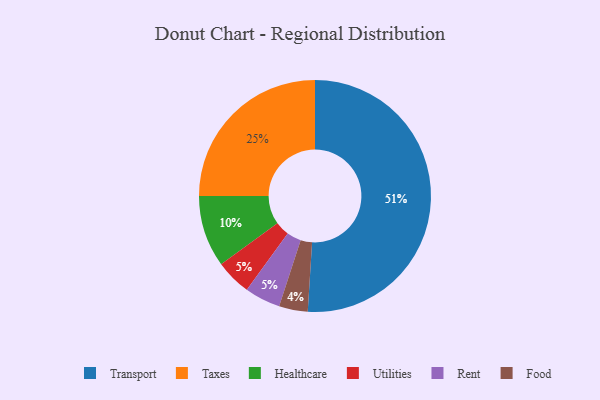
{"axis": {"x": "Category", "y": "Percentage"}, "legend": ["Food", "Healthcare", "Rent", "Taxes", "Transport", "Utilities"], "data": [{"x": "Food", "y": 4, "type": "Food"}, {"x": "Healthcare", "y": 10, "type": "Healthcare"}, {"x": "Transport", "y": 51, "type": "Transport"}, {"x": "Taxes", "y": 25, "type": "Taxes"}, {"x": "Utilities", "y": 5, "type": "Utilities"}, {"x": "Rent", "y": 5, "type": "Rent"}]}